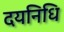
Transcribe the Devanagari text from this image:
दयनिधि